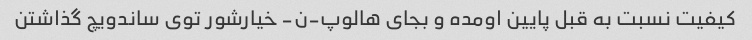
کیفیت نسبت به قبل پایین اومده و بجای هالوپ-ن- خیارشور توی ساندویچ گذاشتن